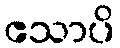
ဧသာပိ